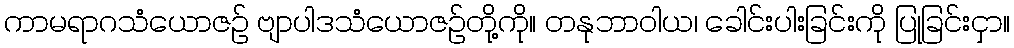
ကာမရာဂသံယောဇဉ် ဗျာပါဒသံယောဇဉ်တို့ကို။ တနုဘာဝါယ၊ ခေါင်းပါးခြင်းကို ပြုခြင်းငှာ။